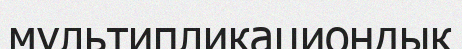
мультипликациондық